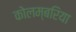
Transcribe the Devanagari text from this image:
कोलम्बरिया